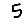
Digit: 5